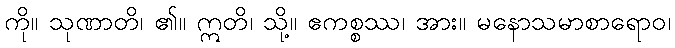
ကို။ သုဏာတိ၊ ၏။ ဣတိ၊ သို့။ ဧကစ္စဿ၊ အား။ မနောသမာစာရောဝ၊